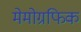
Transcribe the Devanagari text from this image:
मेमोग्रफिक